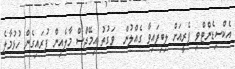
އެކްސިޑެންޓްވި ފެރީއަށް ލިބިފައިވާ ގެއްލުން  ވަގުތު އިމޭޖްސް މާލެއިން ފުރައިގެން ހުޅުމާލެ